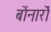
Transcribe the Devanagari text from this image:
बोंनार्रो